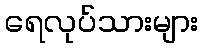
ရေလုပ်သားများ